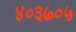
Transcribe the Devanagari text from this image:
४०३७०५